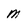
Character: M